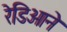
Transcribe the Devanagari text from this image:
रेडिओने